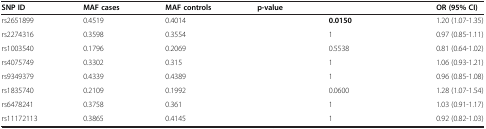
<table><thead><tr><td><b>SNP ID</b></td><td><b>MAF cases</b></td><td><b>MAF controls</b></td><td><b>p-value</b></td><td>[EMPTY_CELL]</td><td><b>OR (95% CI)</b></td></tr></thead><tbody><tr><td>rs2651899</td><td>0.4519</td><td>0.4014</td><td>[EMPTY_CELL]</td><td><b>0.0150</b></td><td>1.20 (1.07-1.35)</td></tr><tr><td>rs2274316</td><td>0.3598</td><td>0.3554</td><td>[EMPTY_CELL]</td><td>1</td><td>0.97 (0.85-1.11)</td></tr><tr><td>rs1003540</td><td>0.1796</td><td>0.2069</td><td>[EMPTY_CELL]</td><td>0.5538</td><td>0.81 (0.64-1.02)</td></tr><tr><td>rs4075749</td><td>0.3302</td><td>0.315</td><td>[EMPTY_CELL]</td><td>1</td><td>1.06 (0.93-1.21)</td></tr><tr><td>rs9349379</td><td>0.4339</td><td>0.4389</td><td>[EMPTY_CELL]</td><td>1</td><td>0.96 (0.85-1.08)</td></tr><tr><td>rs1835740</td><td>0.2109</td><td>0.1992</td><td>[EMPTY_CELL]</td><td>0.0600</td><td>1.28 (1.07-1.54)</td></tr><tr><td>rs6478241</td><td>0.3758</td><td>0.361</td><td>[EMPTY_CELL]</td><td>1</td><td>1.03 (0.91-1.17)</td></tr><tr><td>rs11172113</td><td>0.3865</td><td>0.4145</td><td>[EMPTY_CELL]</td><td>1</td><td>0.92 (0.82-1.03)</td></tr></tbody></table>